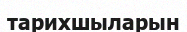
тарихшыларын